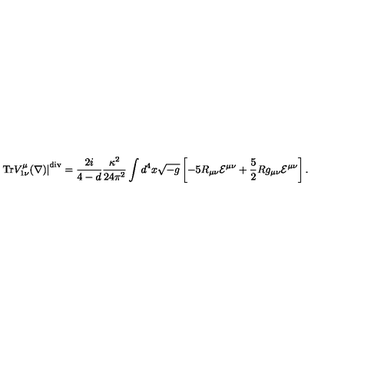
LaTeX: \left. \mathrm { T r } V _ { 1 \nu } ^ { \mu } ( \nabla ) \right| ^ { \mathrm { d i v } } = \frac { 2 i } { 4 - d } \frac { \kappa ^ { 2 } } { 2 4 \pi ^ { 2 } } \int d ^ { 4 } x \sqrt { - g } \left[ - 5 R _ { \mu \nu } { \cal E } ^ { \mu \nu } + \frac { 5 } { 2 } R g _ { \mu \nu } { \cal E } ^ { \mu \nu } \right] .